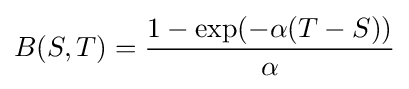
B(S,T)={\frac {1-\exp(-\alpha (T-S))}{\alpha }}